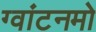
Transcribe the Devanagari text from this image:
ग्वांटनमो